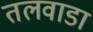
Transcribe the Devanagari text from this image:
तलवाडा